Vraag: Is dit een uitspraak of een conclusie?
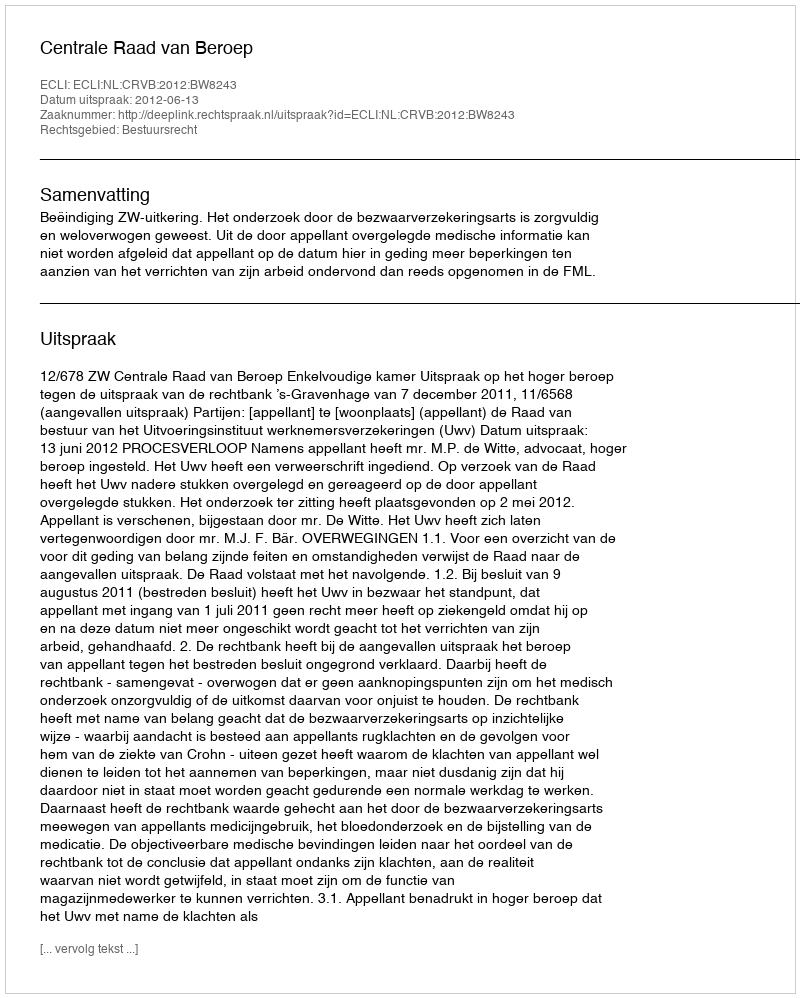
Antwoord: Uitspraak